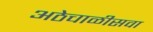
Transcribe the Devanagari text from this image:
अठेचाळीसवा